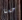
حسنا